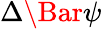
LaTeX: \Delta\Bar{\psi}